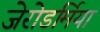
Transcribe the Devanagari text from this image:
जेरोडर्मिया